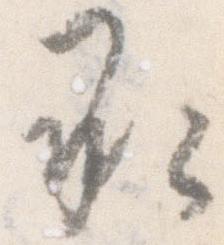
承